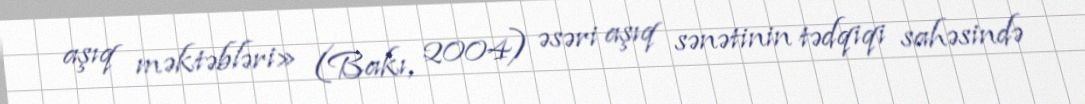
aşıq məktəbləri» (Bakı, 2004) əsəri aşıq sənətinin tədqiqi sahəsində